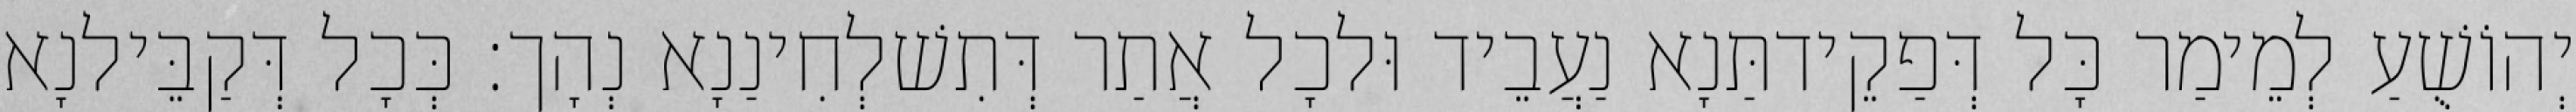
יְהוֹשֻׁעַ לְמֵימַר כָּל דְּפַקֵידתַּנָא נַעֲבֵיד וּלכָל אֲתַר דְּתִשׁלְחִינַנָא נְהָך׃ כְּכָל דְּקַבֵּילנָא